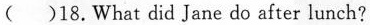
( )18.What did Jane do after lunch?